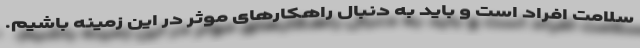
سلامت افراد است و باید به دنبال راهکارهای موثر در این زمینه باشیم.